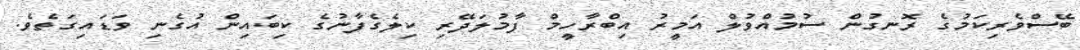
ބޭސްވެރިކަމުގެ ރޮނގުން ސުމުއްވުލް އަމީރު އިބްރާހީމް ފާމުލަދޭރި ކިލެގެފާނުގެ ކިބައިން އުގެނި ވަޑައިގަތެވެ.